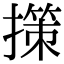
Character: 㩍